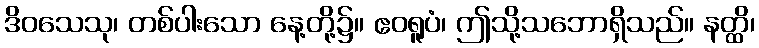
ဒိဝသေသု၊ တစ်ပါးသော နေ့တို့၌။ ဧဝရူပံ၊ ဤသို့သဘောရှိသည်။ နတ္ထိ၊